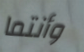
وأنتما